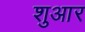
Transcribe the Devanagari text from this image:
शुआर